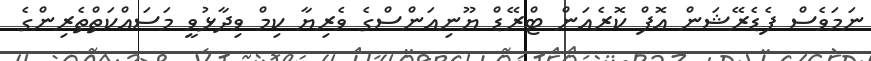
ނަމަވެސް ފެޑެރޭޝަން އޮފް ކޮރެއަން ޓްރޭޑް ޔޫނިއަންސްގެ ވެރިޔާ ކިމް ވިދާޅުވީ މަސައްކަތްތެރިންގެ